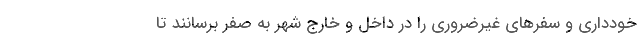
خودداری و سفرهای غیرضروری را در داخل و خارج شهر به صفر برسانند تا